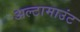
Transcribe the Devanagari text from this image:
अल्टामाउंट